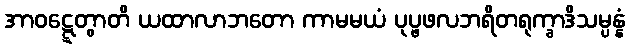
အာဝဋ္ဋေတွာတိ ယထာလာဘတော ကာမမယံ ပုပ္ဖဖလဘရိတရုက္ခာဒိသမ္ပန္နံ